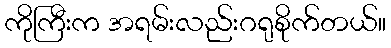
ကိုကြီးက အရမ်းလည်းဂရုစိုက်တယ်။